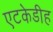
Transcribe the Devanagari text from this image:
एटकेडीह